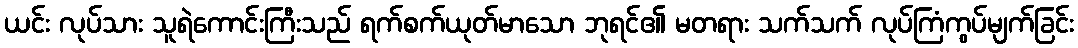
ယင်း လုပ်သား သူရဲကောင်းကြီးသည် ရက်စက်ယုတ်မာသော ဘုရင်၏ မတရား သက်သက် လုပ်ကြံကွပ်မျက်ခြင်း